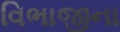
વિભાજીના